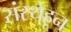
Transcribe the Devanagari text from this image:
संस्थेहून